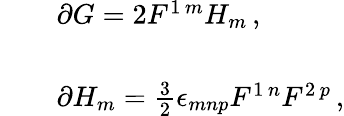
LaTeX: \begin{array}{rcl}{{}}&{{}}&{{\partial G=2F^{1\, m}H_{m}\, ,}}\\ {{}}&{{}}&{{}}\\ {{}}&{{}}&{{\partial H_{m}=\frac{3}{2}\epsilon_{mnp}F^{1\, n}F^{2\, p}\, ,}}\end{array}